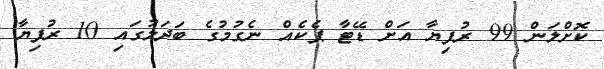
ކޮށްލަން 99 ރުފިޔާ އަށް ޑޭޓާ ޕެކެއް ނެގުމުގެ ބަދަލުގައި 10 ރުފިޔާ